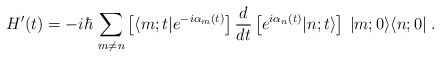
\begin{align*}H'(t)=-i\hbar\,\sum_{m\neq n}\left[ \langle m;t|e^{-i\alpha_m(t)}\right]\frac{d}{dt}\left[ e^{i\alpha_n(t)}|n;t\rangle\right]\:|m;0\rangle\langle n;0| \;.\end{align*}